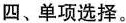
四、单项选择。